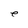
Character: e